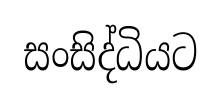
සංසිද්ධියට